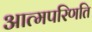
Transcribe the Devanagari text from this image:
आत्मपरिणति